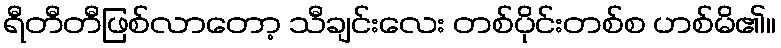
ရီတီတီဖြစ်လာတော့ သီချင်းလေး တစ်ပိုင်းတစ်စ ဟစ်မိ၏။